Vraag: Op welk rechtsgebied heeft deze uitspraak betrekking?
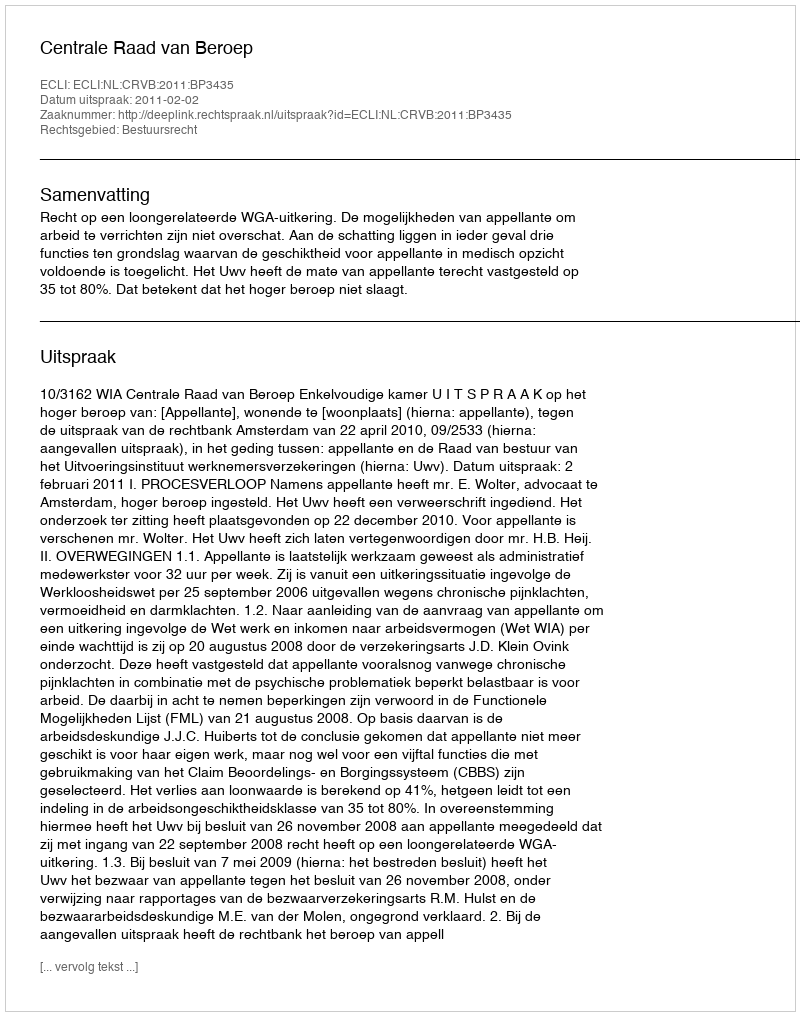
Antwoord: Bestuursrecht